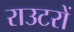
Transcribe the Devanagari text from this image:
राउटरों